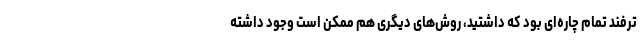
ترفند تمام چاره­ای بود که داشتید، روش‌های دیگری هم ممکن است وجود داشته